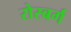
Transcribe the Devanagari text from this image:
रोस्बर्ग